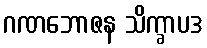
ဂဏဘောဇန သိက္ခာပဒ